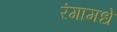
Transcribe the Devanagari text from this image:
रंगामधे